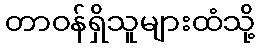
တာဝန်ရှိသူများထံသို့